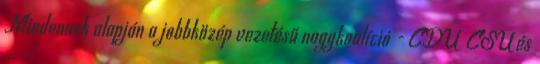
Mindennek alapján a jobbközép vezetésű nagykoalíció - CDU CSU és